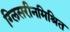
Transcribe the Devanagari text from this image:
ग्लिसरीनमिश्रित